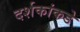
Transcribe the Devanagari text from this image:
दर्शकांकडे